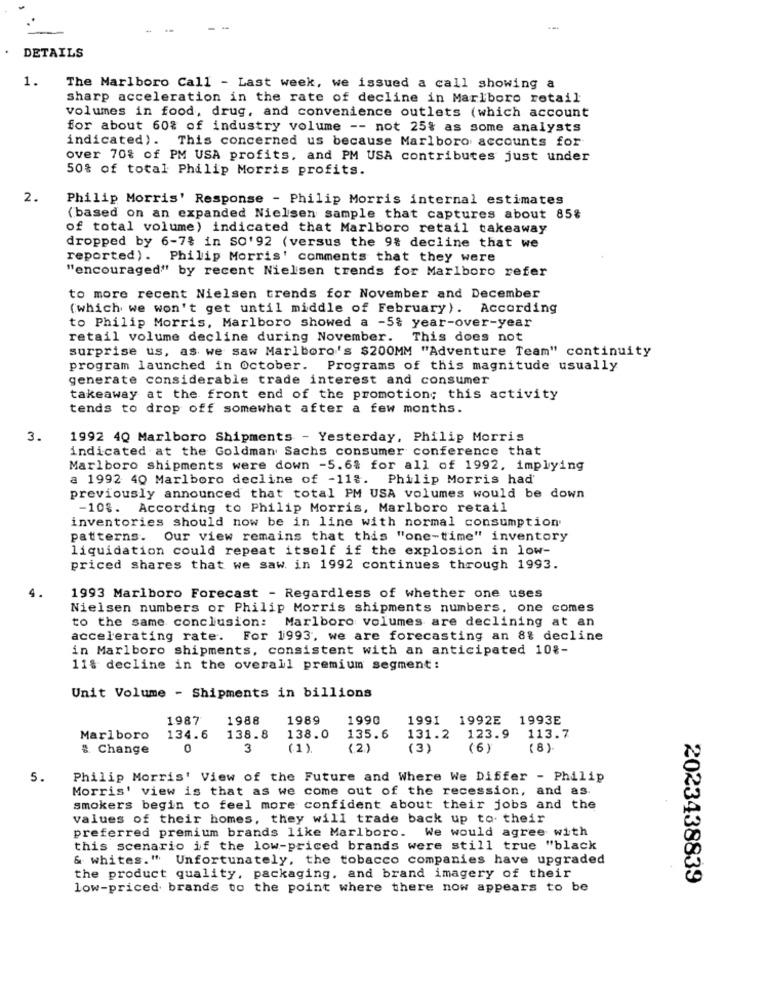
DETAILS
1.
The Marlboro Call - Last week, we issued a call showing a
sharp acceleration in the rate of decline in Marlboro retail
volumes in food, drug, and convenience outlets (which account
for about 60% of industry volume -- not 25% as some analysts
indicated). This concerned us because Marlboro accounts for
over 70% of PM USA profits, and PM USA contributes just under
50% of total Philip Morris profits.
2.
Philip Morris' Response - Philip Morris internal estimates
(based on an expanded Nielsen sample that captures about 85%
of total volume) indicated that Marlboro retail takeaway
dropped by 6-7% in SO'92 (versus the 9% decline that we
reported). Philip Morris' comments that they were
"encouraged" by recent Nielsen trends for Marlboro refer
to more recent Nielsen trends for November and December
(which we won't get until middle of February). According
to Philip Morris, Marlboro showed a -5% year-over-year
retail volume decline during November. This does not
surprise us, as we saw Marlboro's $200MM "Adventure Team" continuity
program launched in October. Programs of this magnitude usually
generate considerable trade interest and consumer
takeaway at the front end of the promotion; this activity
tends to drop off somewhat after a few months.
3.
1992 40 Marlboro Shipments - Yesterday, Philip Morris
indicated at the Goldman Sachs consumer conference that
Marlboro shipments were down -5.6% for all of 1992, implying
a 1992 40 Marlboro decline of -11%. Philip Morris had'
previously announced that total PM USA volumes would be down
-10%. According to Philip Morris, Marlboro retail
inventories should now be in line with normal consumption
patterns. Our view remains that this "one-time" inventory
liquidation could repeat itself if the explosion in low-
priced shares that we saw. in 1992 continues through 1993.
4 .
1993 Marlboro Forecast - Regardless of whether one uses
Nielsen numbers or Philip Morris shipments numbers, one comes
to the same conclusion: Marlboro volumes are declining at an
accelerating rate. For 1993, we are forecasting an 8% decline
in Marlboro shipments, consistent with an anticipated 10%-
11% decline in the overall premium segment:
Unit Volume - Shipments in billions
1987
1988
1989
1990
1991 1992E 1993E
Marlboro 134.6
138.8
138.0
135.6
131.2 123.9 113.7
& Change
0
3
(1).
(2)
(3)
(6)
( 8)
5.
Philip Morris' View of the Future and Where We Differ - Philip
Morris' view is that as we come out of the recession, and as.
smokers begin to feel more confident about their jobs and the
values of their homes, they will trade back up to their
preferred premium brands like Marlboro. We would agree with
this scenario if the low-priced brands were still true "black
& whites." Unfortunately, the tobacco companies have upgraded
the product quality, packaging, and brand imagery of their
2023438839
low-priced brands to the point where there now appears to be